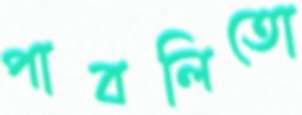
পাবলিতো